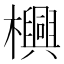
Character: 𬅊